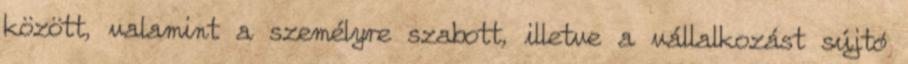
között, valamint a személyre szabott, illetve a vállalkozást sújtó